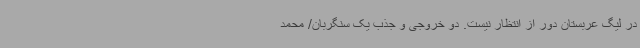
در لیگ عربستان دور از انتظار نیست. دو خروجی و جذب یک سنگربان/ محمد